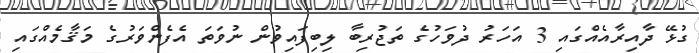
ގުޅޭ ދާއިރާއެއްގައި 3 އަހަރު ދުވަހުގެ ތަޖުރިބާ ލިބިފައިވުން ނުވަތަ އެފެންވަރުގެ މަޤާމެއްގައި